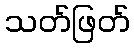
သတ်ဖြတ်